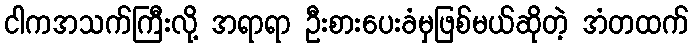
ငါကအသက်ကြီးလို့ အရာရာ ဦးစားပေးခံမှဖြစ်မယ်ဆိုတဲ့ အံတထက်